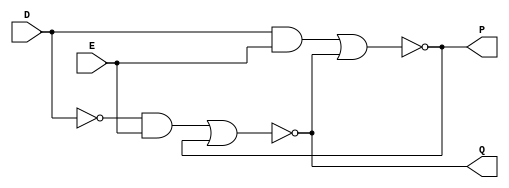
`timescale 1ns / 1ps

module D_LATCH(output Q,P,input D,E);		//Declaring D LATCH Module where Q,P as OUTPUT and D,E as INPUT.

wire not1,and1,and2,nor1,nor2;

assign nor1 = Q;		//Connecting output port Q with wire nor1. 
assign nor2 = P;		//Connecting output port P with wire nor2.

not F1(not1,D);		//Using inbuilt 'not' gate.

and F2(and1,not1,E);		//Using inbuilt 'and' gate.

and F3(and2,D,E);		//Using inbuilt 'and' gate.

nor F4(Q,and1,nor2);		//Using inbuilt 'nor' gate.

nor F5(P,and2,nor1);		//Using inbuilt 'nor' gate.


endmodule